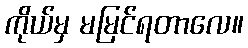
ကိုယ်မှ မမြင်ရတာလေ။